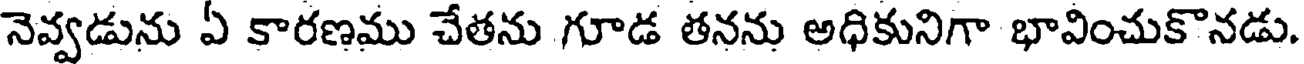
నెవ్వడును ఏ కారణము చేతను గూడ తనను అధికునిగా భావించుకొనడు.